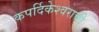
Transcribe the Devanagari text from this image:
कपर्दिकेश्वराची